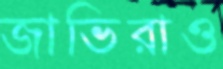
জাভিরাও